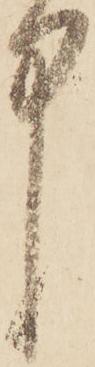
中